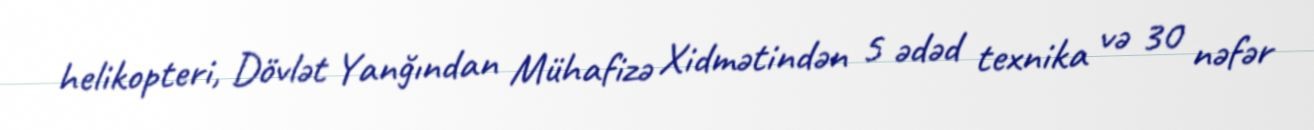
helikopteri, Dövlət Yanğından Mühafizə Xidmətindən 5 ədəd texnika və 30 nəfər